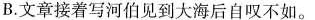
B.文章接着写河伯见到大海后自叹不如。